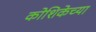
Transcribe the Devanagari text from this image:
कोशिकेच्या